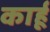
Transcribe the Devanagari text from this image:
कार्हू